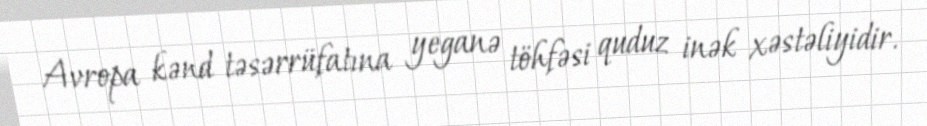
Avropa kənd təsərrüfatına yeganə töhfəsi quduz inək xəstəliyidir.